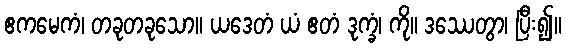
ဧကမေကံ၊ တခုတခုသော။ ယဒေတံ ယံ ဧတံ ဒုက္ခံ၊ ကို။ ဒဿေတွာ၊ ပြီး၍။